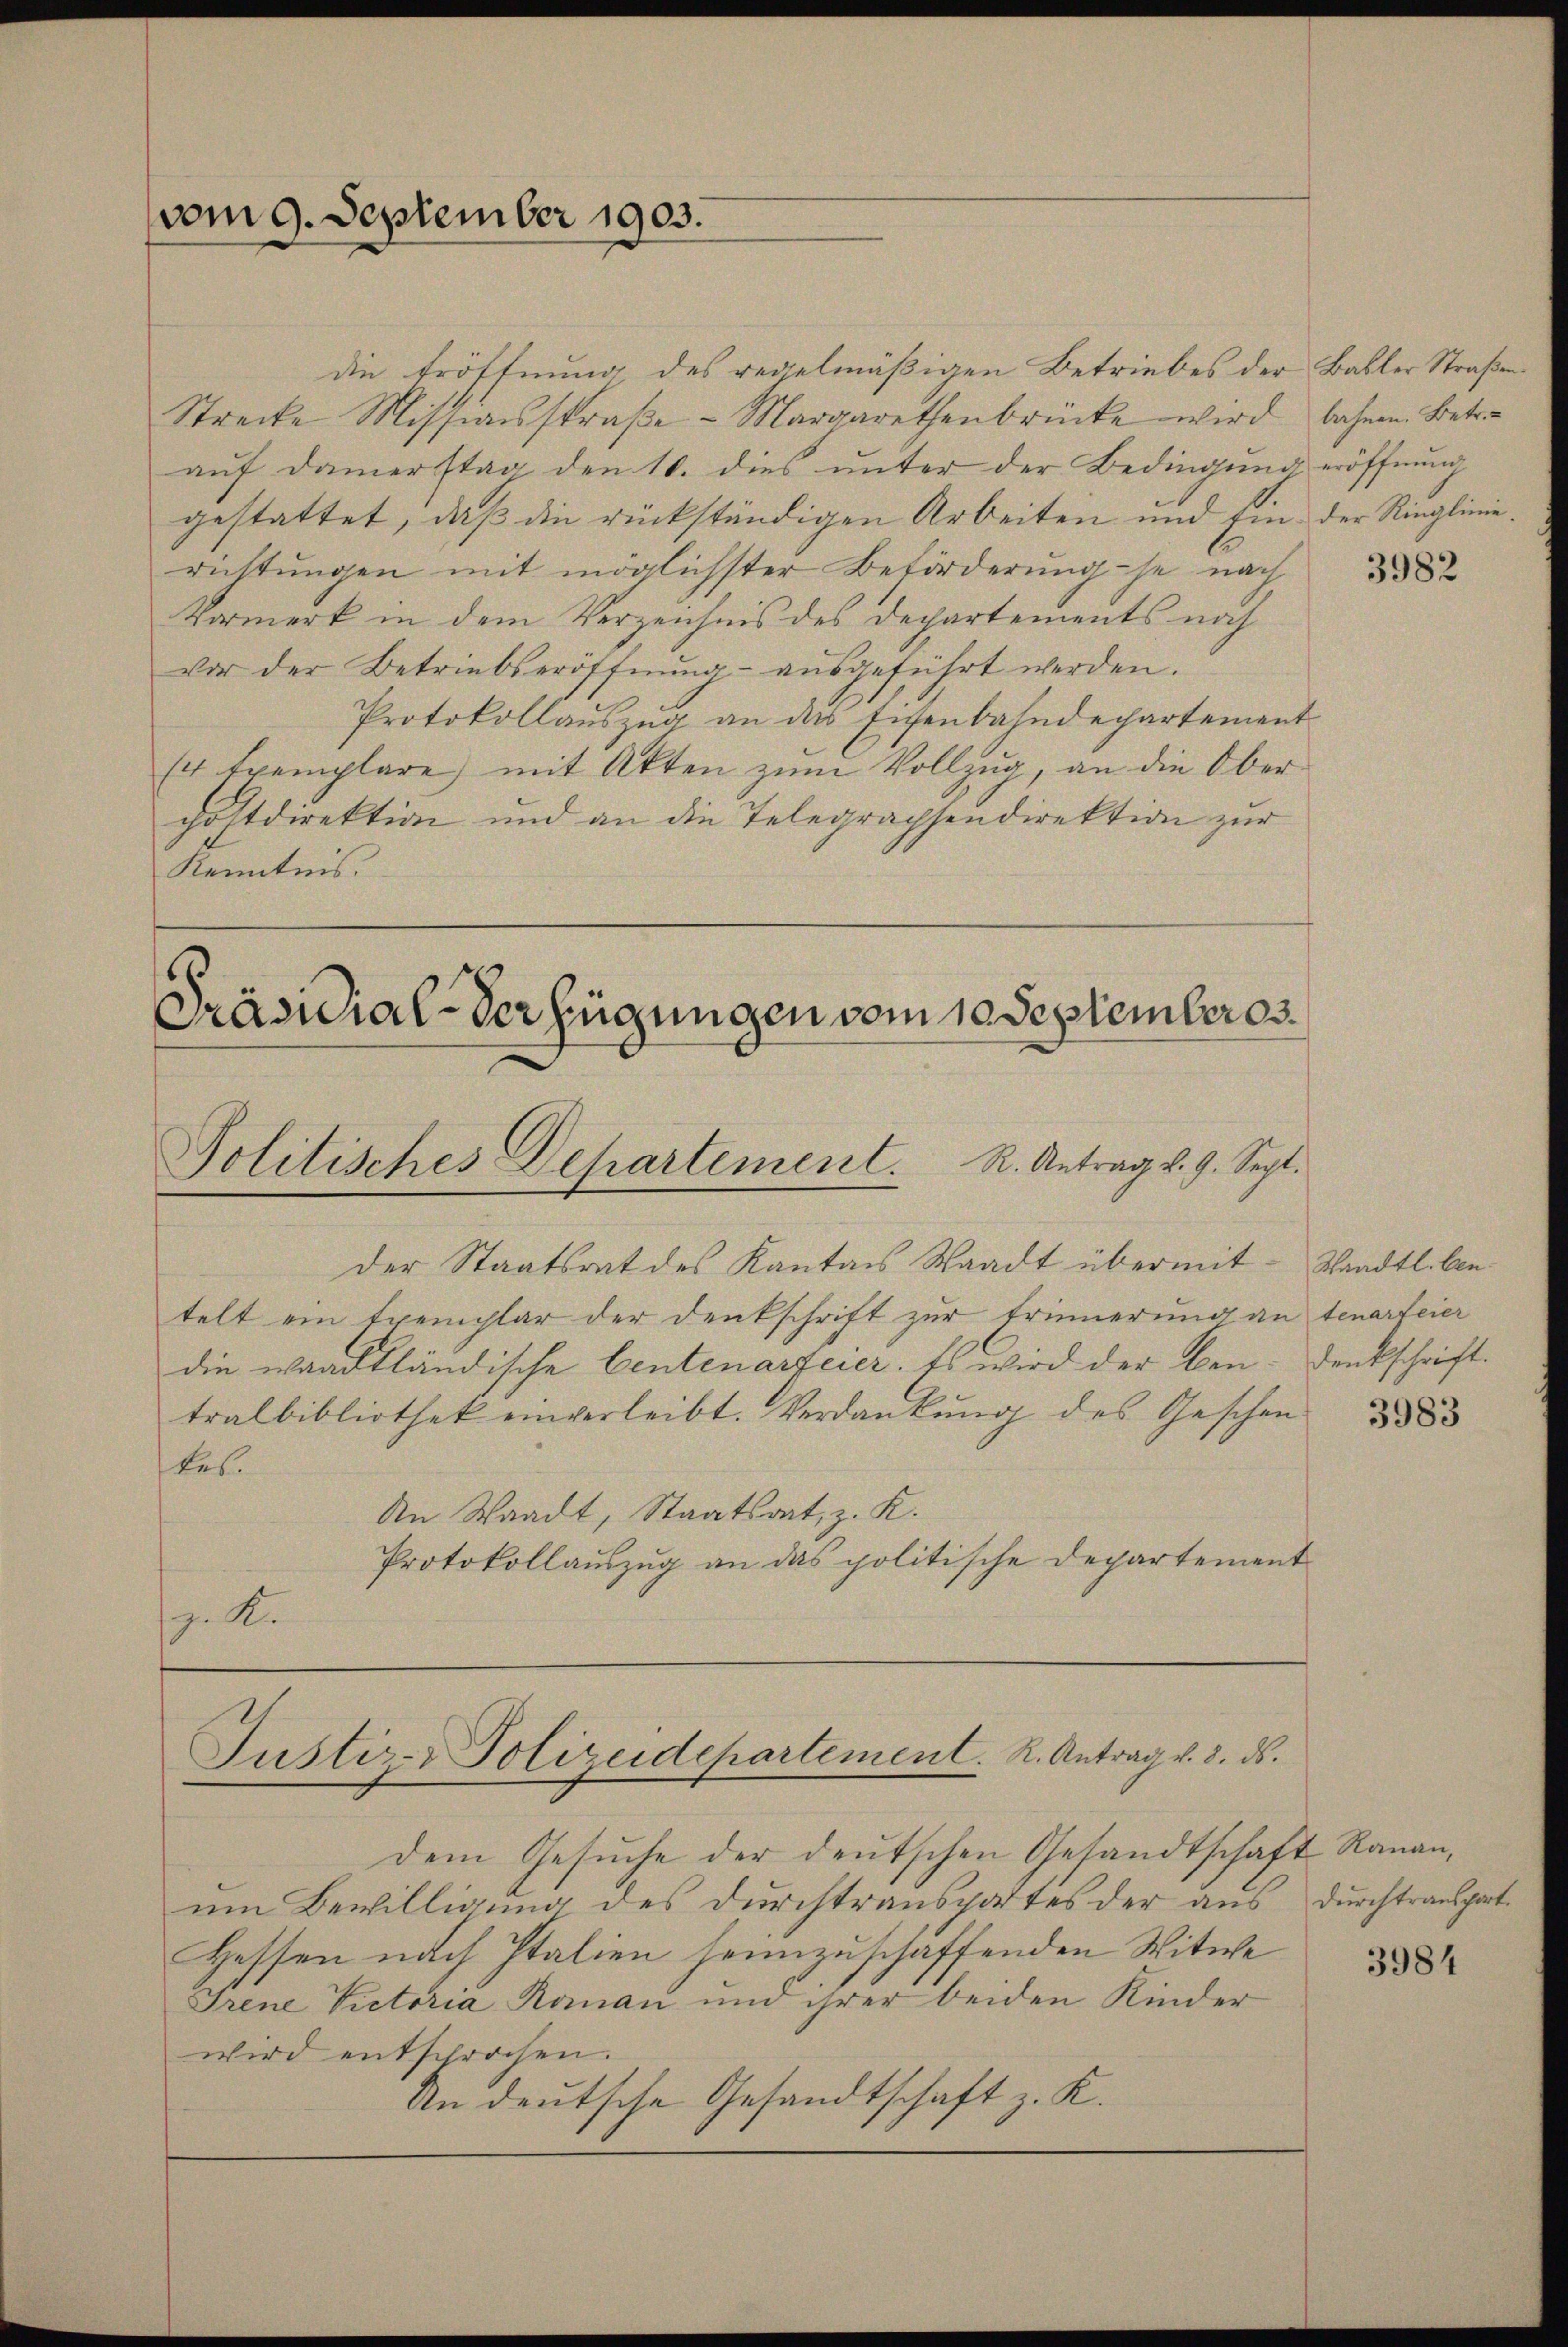
vom 9. September 1903.

die Eröffnung des regelmäßigen Betriebes der Babler Straßen¬
Streite Missionsstraβe - Margarethenbrücke wird bahnen. Betr.
aŭf Damerstag den 10. dies ŭnter der Bedingŭng eröffnŭng
gestattet, daß die rückständigen Arbeiten und Ein der Ringlinierichtungen mit möglichster Beförderung je nach
Vormerk in dem Verzeichnis des Departements noch
vor der Betriebseröffnŭng ausgeführt werden.
Protokollauszug an das Eisenbahndepartement
(4 Exemplare mit Akten zum Vollzug, an die Ober
cöltdirektion und an die Telegraphendirektion zur
Kenntnis.
Präsidial-Verfügungen vom 10 September es.

Politisches Departement. R. Antrag v. 9. Sept.

Justiz- Polizeidepartement. R. Antrag v. 3. ds.

dem Gesuche der deutschen Gesandtschaft Rananum Bewilligung des Durchtransportes der aus durchtransport
Hessen nach Italien heimzuschaffenden Witwe
Frene Victoria Roman und ihrer beiden Kinder
wird entsprochen.
An deutsche Gesandtschaft z. K.

der Staatsrat des Kantons Waadt übermittelt ein Exemplar der Denkschrift zur Erinnerung an teuerfeier
die waadtländische Centenarfeier. Es wird der ben-Denkschrifttralbibliothek einverleibt. Verdankung des Geschentes.
An Waadt, Staatsrat, z. K.
Protokollauszug an das politische Departement
g. A

3982

Standtl. An¬

3983

3984